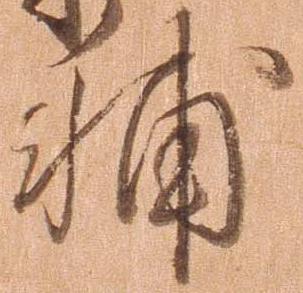
輔